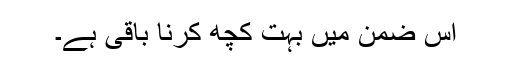
اس ضمن میں بہت کچھ کرنا باقی ہے۔